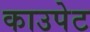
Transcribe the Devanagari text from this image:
काउपेट